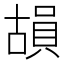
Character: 𮚍